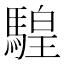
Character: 騜